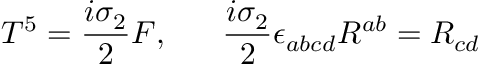
T ^ { 5 } = { \frac { i \sigma _ { 2 } } { 2 } } F , \ \ \ \ \ { \frac { i \sigma _ { 2 } } { 2 } } \epsilon _ { a b c d } R ^ { a b } = R _ { c d }